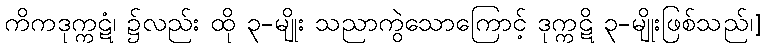
ကိကဒုက္ကဋံ၊ ၌လည်း ထို ၃-မျိုး သညာကွဲသောကြောင့် ဒုက္ကဋိ ၃-မျိုးဖြစ်သည်၊]